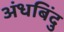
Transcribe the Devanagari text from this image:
अंधबिंदु